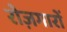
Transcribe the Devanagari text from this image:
रोज़गारों